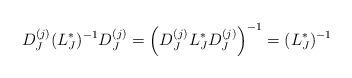
LaTeX: \begin{align*}D_J^{(j)}(L_J^*)^{-1}D_J^{(j)} & = \left(D_J^{(j)}L_J^*D_J^{(j)}\right)^{-1} = (L_J^*)^{-1}\end{align*}